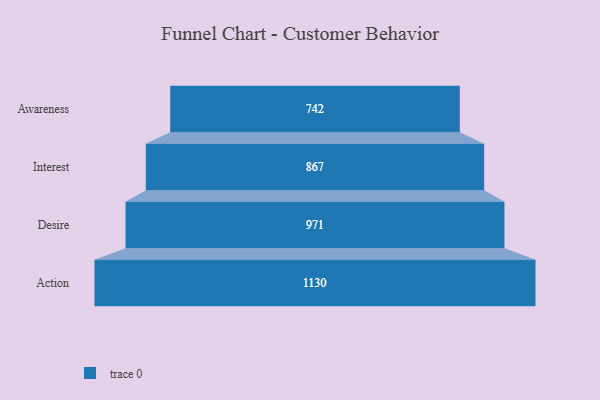
{"axis": {"x": "Stage", "y": "Value"}, "legend": [""], "data": [{"x": "Awareness", "y": 742.0, "type": ""}, {"x": "Interest", "y": 867.0, "type": ""}, {"x": "Desire", "y": 971.0, "type": ""}, {"x": "Action", "y": 1130.0, "type": ""}]}